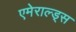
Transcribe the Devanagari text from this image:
एमेराल्ड्स